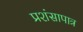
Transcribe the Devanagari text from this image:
प्रशंसापात्र